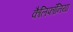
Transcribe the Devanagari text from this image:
कैलिफॉनिया